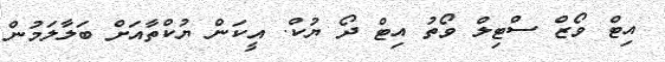
އިޓް ވޯޒް ސްޓިލް ވޯތު އިޓް ދޯ ޔުކް. އީކަން ޔުކްތާއަށް ބަލާލަމުން